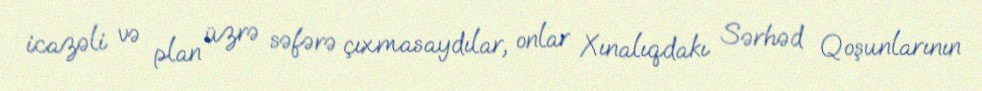
icazəli və plan üzrə səfərə çıxmasaydılar, onlar Xınalıqdakı Sərhəd Qoşunlarının